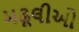
મઢૂલીઓ